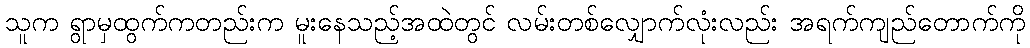
သူက ရွာမှထွက်ကတည်းက မူးနေသည့်အထဲတွင် လမ်းတစ်လျှောက်လုံးလည်း အရက်ကျည်တောက်ကို